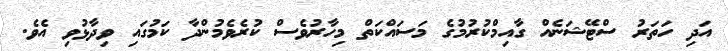
އަދި ހަތަރު ސްޓޭޝަނެއް ގާއިމްކުރުމުގެ މަސައްކަތް މިހާރުވެސް ކުރެވެމުންދާ ކަމުގައި ވިދާޅުވި އެވެ.